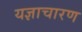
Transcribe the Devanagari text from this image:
यज्ञाचारण